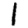
Digit: 1